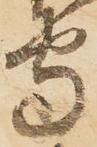
守